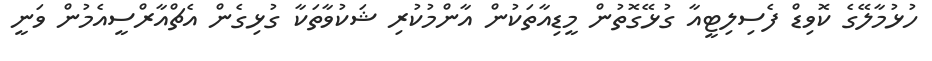
ހުޅުމާލޭގެ ކޮވިޑް ފެސިލިޓީއާ ގުޅޭގޮތުން މީޑިއާތަކުން އާންމުކުރި ޝަކުވާތަކާ ގުޅިގެން އެޗްއާރްސީއެމުން ވަނީ